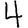
Digit: 4